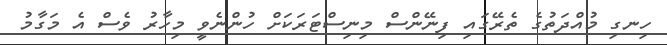
ހިނގި މުއްދަތުގެ ތެރޭގައި ފިނޭންސް މިނިސްޓަރަކަށް ހުންނެވީ މިހާރު ވެސް އެ މަގާމު